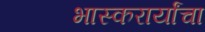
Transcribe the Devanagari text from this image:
भास्करार्यांचा